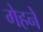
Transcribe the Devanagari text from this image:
गेहने